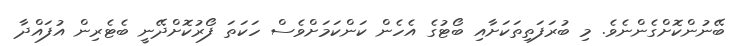
ބޭނުންކޮށްގެންނެވެ. މި ބުރަފަތިތަކަށާއި ބޯޓުގެ އެހެން ކަންކަމަށްވެސް ހަކަތަ ފޯރުކޮށްދޭނީ ބެޓެރިން އުފައްދާ